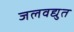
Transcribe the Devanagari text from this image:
जलवद्युत